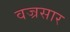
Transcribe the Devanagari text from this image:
वज्रसार